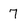
Character: 7